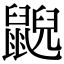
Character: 𪕨